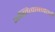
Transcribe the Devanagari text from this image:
अस्तित्वाबाबतची